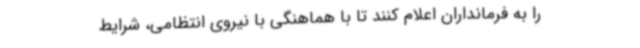
را به فرمانداران اعلام کنند تا با هماهنگی با نیروی انتظامی، شرایط